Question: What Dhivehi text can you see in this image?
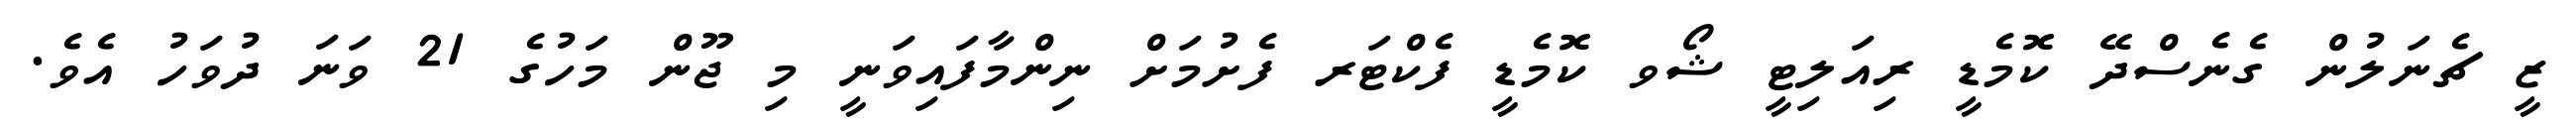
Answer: ޒީ ޗެނަލުން ގެނެސްދޭ ކޮމެޑީ ރިއަލިޓީ ޝޯވ ކޮމެޑީ ފެކްޓަރ ފެށުމަށް ނިންމާފައިވަނީ މި ޖޫން މަހުގެ 21 ވަނަ ދުވަހު އެވެ.